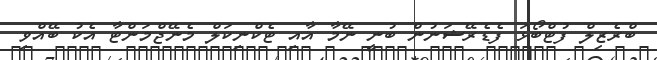
ބްރެޒިލް ފުޓްބޯޅަ ފެޑެރޭޝަނުން ބުނީ ނޭމާ އާއި ޓެކްނިކަލް މެނޭޖްމަންޓާ އެކު ބޭއްވި